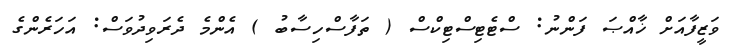
ވަޒީފާއަށް ޚާއްޞަ ފަންނު: ސްޓެޓިސްޓިކްސް ( ތަފާސްހިސާބު ) އެންމެ ދެރަވިދުވަސް: އަހަރެންގެ